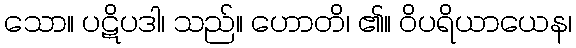
သော။ ပဋိပဒါ၊ သည်။ ဟောတိ၊ ၏။ ဝိပရိယာယေန၊